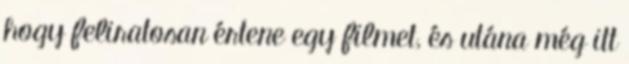
hogy feliratosan értene egy filmet, és utána még itt